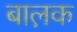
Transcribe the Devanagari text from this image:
बाल़क